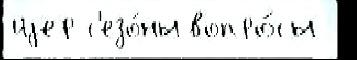
иjер с'езо́ны вопро́сы